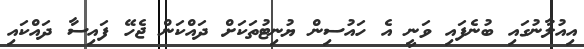
އިއުލާނުގައި ބުނެފައި ވަނީ އެ ހައުސިން ޔުނިޓުތަކަށް ދައްކަން ޖެހޭ ފައިސާ ދައްކައި